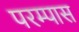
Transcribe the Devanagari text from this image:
परम्पास